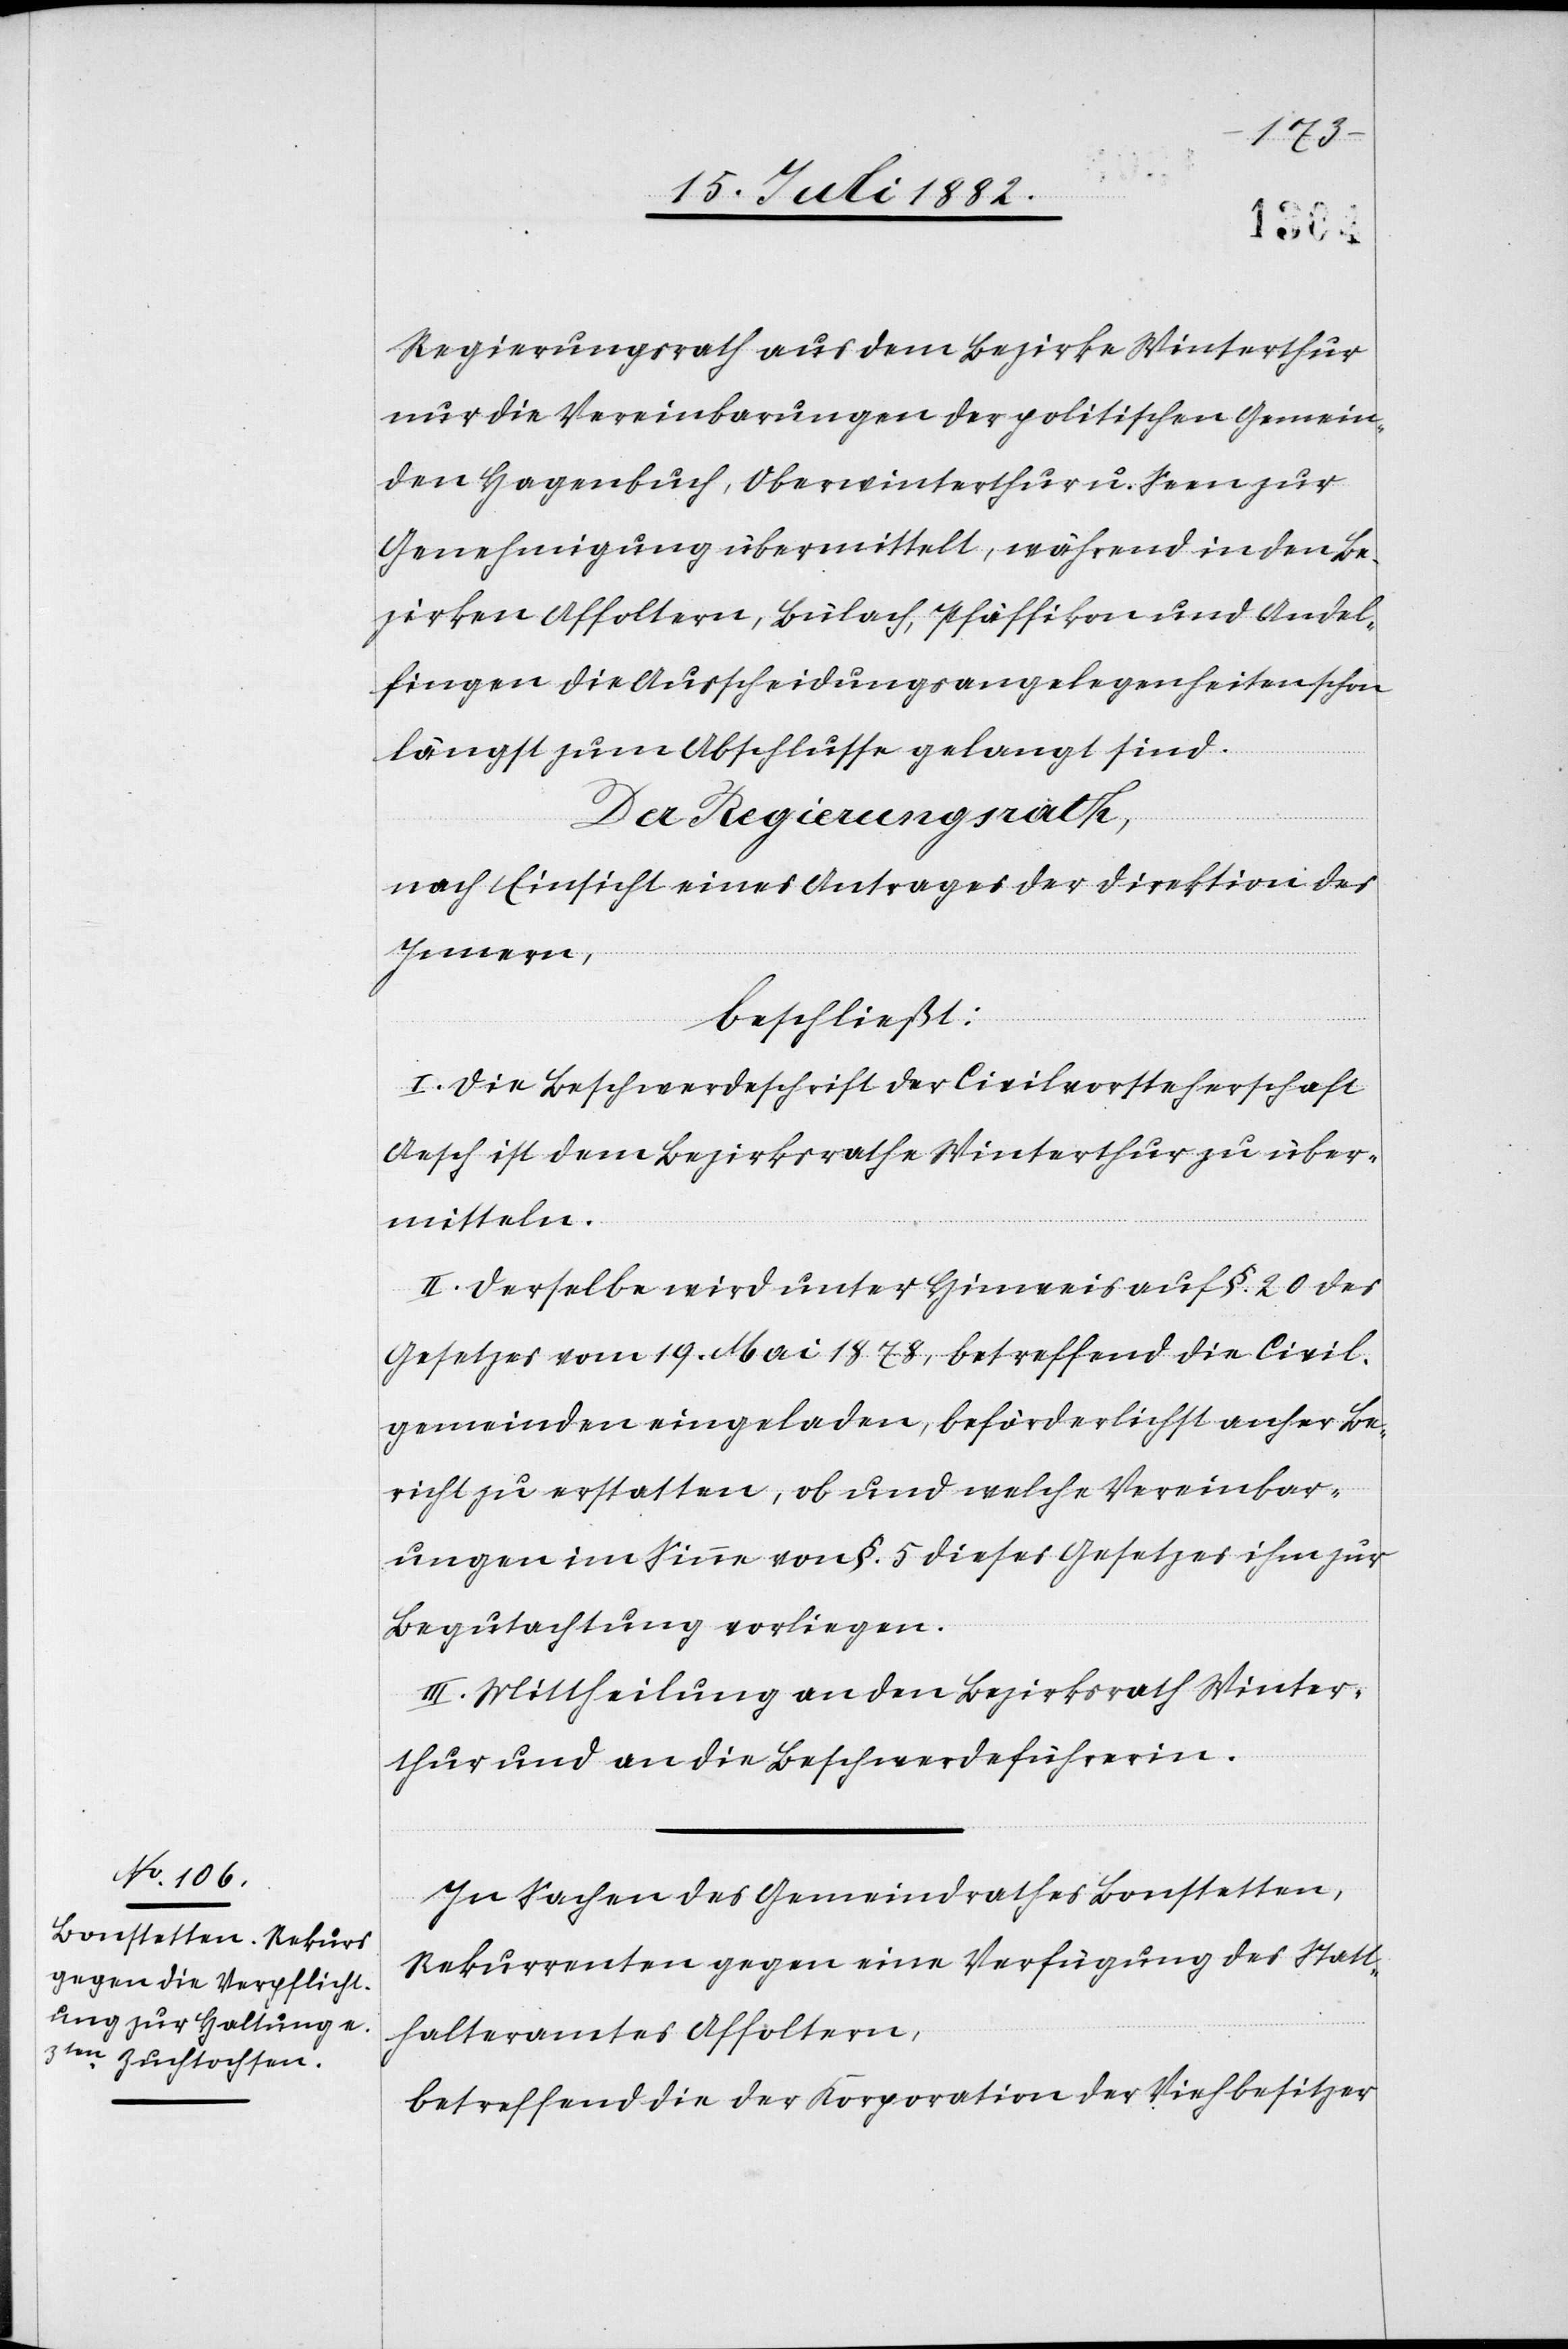
Regierungsrath aus dem Bezirke Winterthur
nur die Vereinbarungen der politischen Gemein¬
den Hagenbuch, Oberwinterthur u. Seen zur
Genehmigung übermittelt, während in den Be¬
zirken Affoltern, Bülach, Pfäffikon und Andel¬
fingen die Ausscheidungsangelegenheiten schon
längst zum Abschlusse gelangt sind.
Der Regierungsrath,
nach Einsicht eines Antrages der Direktion des
Innern,
beschließt:
I. Die Beschwerdeschrift der Civilvorsteherschaft
Aesch ist dem Bezirksrathe Winterthur zu über¬
mitteln.
II. Derselbe wird unter Hinweis auf §. 20 des
Gesetzes vom 19. Mai 1878, betreffend die Civil¬
gemeinden eingeladen, beförderlichst anher Be¬
richt zu erstatten, ob und welche Vereinbar¬
ungen im Sinne von §. 5 dieses Gesetzes ihm zur
Begutachtung vorliegen.
III. Mittheilung an den Bezirksrath Winter¬
thur und an die Beschwerdeführerin.
In Sachen des Gemeindrathes Bonstetten,
Rekurrenten gegen eine Verfügung des Statt¬
halteramtes Affoltern,
betreffend die der Korporation der Viehbesitzer